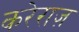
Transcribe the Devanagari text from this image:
करेराज़